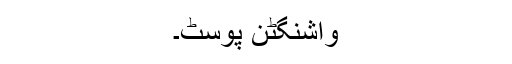
واشنگٹن پوسٹ۔